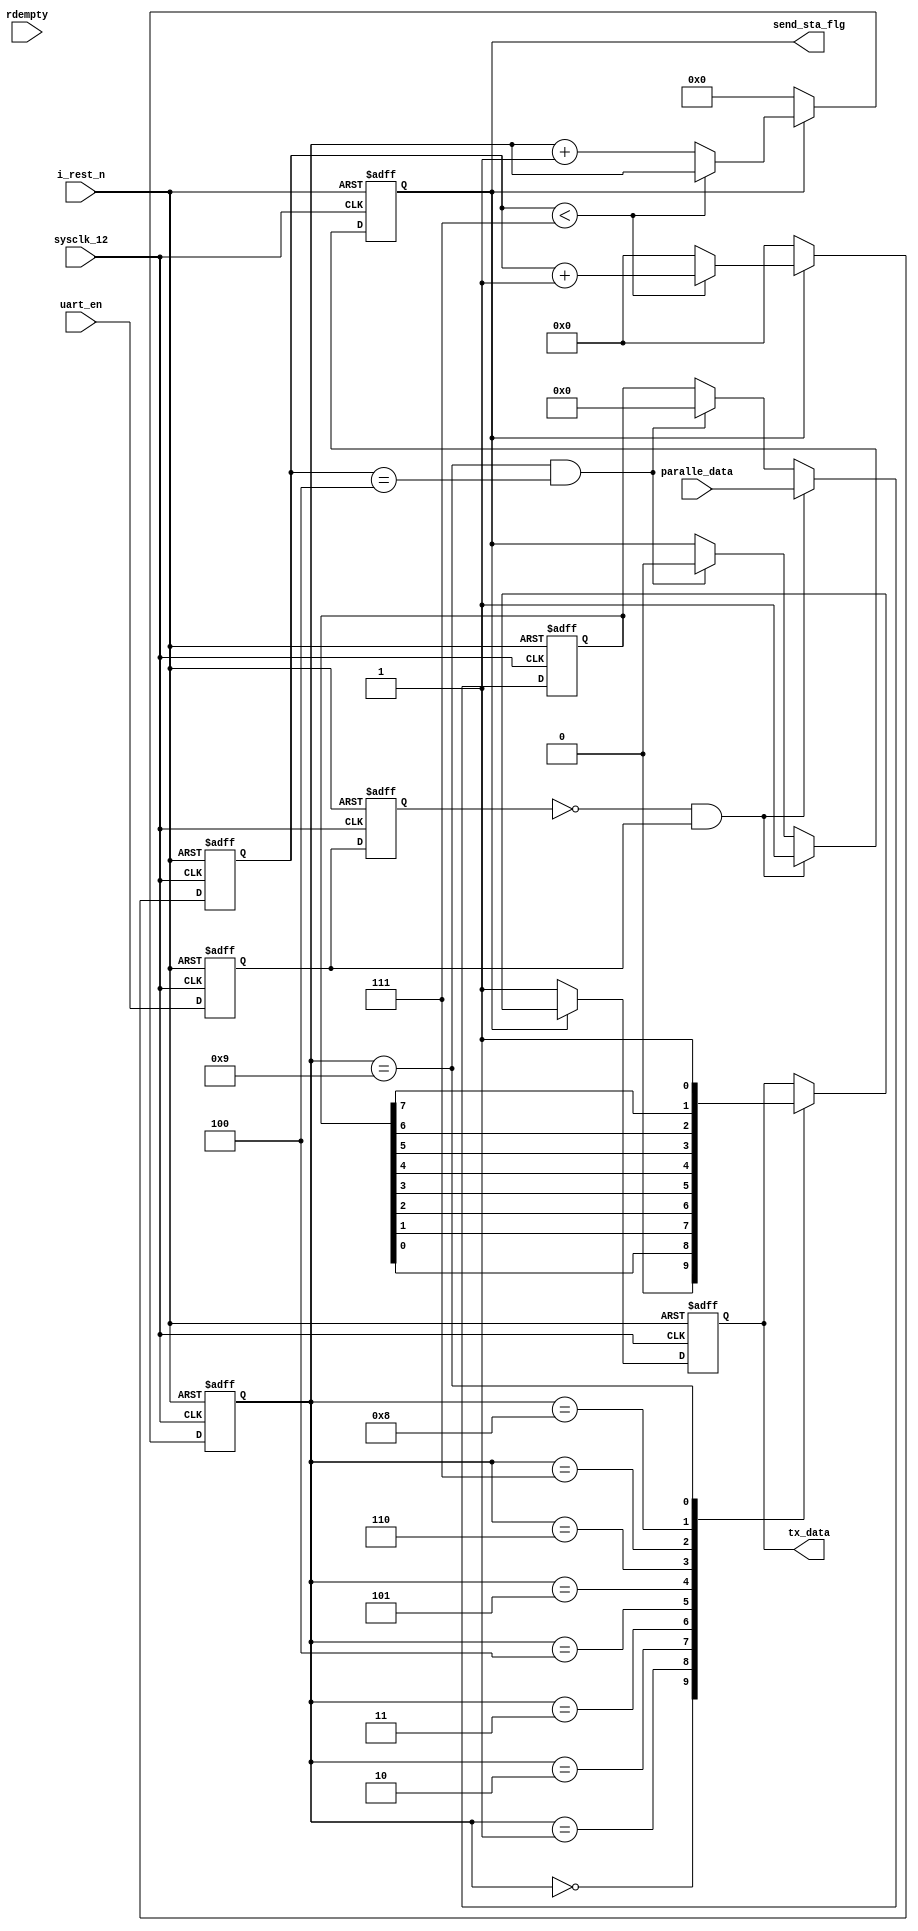
/* fifo

 
date20200203
author Civi Cheng

*/
module uart(
    input [7:0] paralle_data,
    input sysclk_12,
    input i_rest_n,
    input rdempty,////
    input uart_en,
    output reg tx_data,
    output reg send_sta_flg//
    
);
parameter BAUD_RATE = 1382400;//115200
parameter CLK_FREQURENCE = 12000000;//50MHz
parameter BIT_CNT = CLK_FREQURENCE/BAUD_RATE;//


wire en_flg;
reg [7:0]data_buf;
reg [3:0]tim_cnt;
reg [15:0]clk_cnt;
reg uart_en_d0,uart_en_d1;

initial 
begin
    tx_data = 1'b0;
    send_sta_flg = 1'b0;
end

//
//
assign en_flg = (~uart_en_d1) & uart_en_d0;
//
always@(posedge sysclk_12 or negedge i_rest_n)
begin
    if(!i_rest_n)
        begin 
            uart_en_d0 <= 1'b0;
            uart_en_d1 <= 1'b0; 
        end
    else
        begin
            uart_en_d0 <= uart_en;
            uart_en_d1 <= uart_en_d0;
        end

end

always@(posedge sysclk_12 or negedge i_rest_n)
begin
    if(!i_rest_n)
        begin
            data_buf <= 16'd0;
            send_sta_flg <= 1'b0;
        end
    else
        begin
            if(en_flg)
                begin
                        send_sta_flg <= 1'b1;
                        data_buf <= paralle_data;
                end
            else
                begin
                    if ((tim_cnt == 4'd9)&&(clk_cnt == BIT_CNT/2)) //
                        begin
                            data_buf <= 8'd0;
                            send_sta_flg <= 1'b0;
                        end 
                    else 
                        begin
                            data_buf <= data_buf;//
                            send_sta_flg <= send_sta_flg;
                        end
                end
        end
end


//
always@(posedge sysclk_12 or negedge i_rest_n)
begin
    if (!i_rest_n)
        begin
            tim_cnt <= 4'd0;
            clk_cnt <= 16'd0;
        end 
    else 
        begin
            if(send_sta_flg)
                begin
                    if (clk_cnt < BIT_CNT-1)//
                        begin
                            clk_cnt <= clk_cnt + 1'b1;
                            tim_cnt <= tim_cnt;
                        end 
                    else 
                        begin
                            tim_cnt <= tim_cnt + 1'b1;
                            clk_cnt <= 16'd0;
                        end
                end
            else
                begin
                    clk_cnt <= 16'd0;
                    tim_cnt <= 4'd0;//
                end
        end
end

//
always@(posedge sysclk_12 or negedge i_rest_n)
begin
    if (!i_rest_n) begin
        tx_data <= 1'b1;//
    end else
        begin
            if(send_sta_flg)
                begin
                    case (tim_cnt)
                4'd0:
                    tx_data <= 1'b0;//
                4'd1:
                    tx_data <= data_buf[0];
                4'd2: 
                    tx_data <= data_buf[1];
                4'd3: 
                    tx_data <= data_buf[2];
                4'd4:
                    tx_data <= data_buf[3];
                4'd5:
                    tx_data <= data_buf[4];
                4'd6:
                    tx_data <= data_buf[5];
                4'd7: 
                    tx_data <= data_buf[6];
                4'd8:
                    tx_data <= data_buf[7];
                4'd9:
                    tx_data <= 1'b1;//
                default:;
                    endcase
                end
            else 
                tx_data <= 1'b1;
        end
end





endmodule //